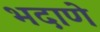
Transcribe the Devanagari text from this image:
भदाणे